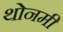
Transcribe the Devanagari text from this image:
थोनमी